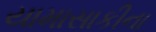
યામાસાકીના